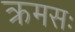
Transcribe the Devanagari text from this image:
क्रमसः